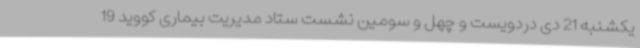
یکشنبه 21 دی دردویست و چهل و سومین نشست ستاد مدیریت بیماری کووید 19